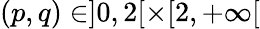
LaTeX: (p,q)\in]0,2[\times[2,+\infty[